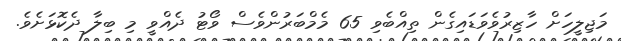
މަޖިލީހަށް ހާޒިރުވެވަޑައިގެން ތިއްބެވި 65 މެމްބަރުންވެސް ވޯޓު ދެއްވީ މި ބިލާ ދެކޮޅަށެވެ.